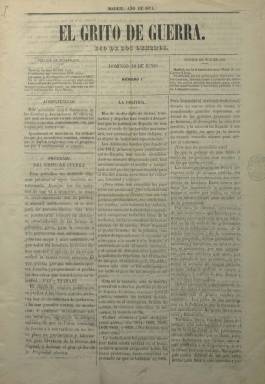
Título: El Grito de guerra
Colección: Periódicos || Socialismo
Ámbito geográfico: Madrid
Lugar de publicación: Madrid
Fechas: 18/06/1871-09/09/1871

Con el subtítulo “eco de los obreros”, publica su primera entrega el 18 de junio de 1871, y en el programa que inserta afirma que el periódico no “defiende dogma político ni sigue bandera determinada”. Añade que sus “tesis se presentarán siempre en abstracto, prescindiendo de las formas de gobierno”, siendo su objeto “excitar a las calases obreras esclavas hoy de la voluntad del poderoso, a formar grandes centros de asociación, a ayudarse mutuamente con sus recursos”, para “liberarse de la tiranía del Capital y destruir el gran poder de la Propiedad abusiva”. Se trata de uno de los títulos de la prensa obrera madrileña del Sexenio Democrático, que coincide con el establecimiento de la Primer Internacional en España.

Según Hartzenbusch (1894), fue redactado por el escritor y periodista Toribio Tarrío y Bueno (1848-1898), que anteriormente había sacado el democrático y también obrerista El Protector del artista (1865) y el clandestino La Hoguera y el puñal (1866), y por el también escritor y periodista de la prensa republicana Manuel Béjar y Sellés, que fallecería en la pobreza en 1893. Fue estampado en la Imprenta de Serafín de Landáburu, instalada en el bajo del número 2 de la Plaza de los Carros, en donde quedó también establecida la administración y redacción.

Guereña (1984 y 1987) indica que se trata de un periódico “no internacionalista”, que sostendrá alguna polémica sobre los jurados mixtos con la socialista La Emancipación, que nacerá, precisamente, al día siguiente, 19 de junio de 1871. La así mismo socialista La Federación (Barcelona: 1869-1874), indicará que “si abdicara de algunos antiguos resabios cooperativos, sería un periódico digno de figurar entre las manos de quienes no pueden redimirse con cooperativas”. Checa Godoy (2006), además de recoger lo dicho por Guereña, añade que estuvo “más cercano al marxismo que al bakunismo”; mientras que Olaya Morales (1994) señala que “defendió las ideas de la Internacional con poco acierto”.

Empezó siendo semanal, apareciendo cada domingo. Sus entregas son de cuatro páginas, compuestas a tres columnas, hasta que a partir del número 12, de tres de septiembre, rompe esa periodicidad y pasa a ser solamente de dos páginas, adoptando además el subtítulo “hoja socialista”, pretendiendo imitar así al de La Emancipación, que se decía “periódico socialista”. En la colección falta la décima entrega, y la número 11 indica “suplemento”, siendo la 14, la última, correspondiente al nueve de septiembre, por lo que su vida fue más bien efímera, de apenas tres meses, dándole tiempo al obispo de Zaragoza en una homilía a alertar a sus files de la “maldad” de este semanario, que, por su parte, condenará, “en unión de todos los periódicos y personas de verdadero orden”, los “escandalosos sucesos” y “los atentados cometidos contra personas y objetos” en la noche del 18 de junio de 1871, “que tan triste idea dan de la civilización moderna”, en referencia a los protagonizados por los integristas católicos (número 2).

Había advertido también en su Programa que “rozará incidentalmente con la política”. Y algunos artículos sobre como el titulado, precisamente, La política, así como los que aparecen bajo los epígrafes Los consumos y Los jurados mixtos, serán de esta naturaleza. Pero la mayor parte de sus páginas las dedica al asociacionismo obrero, como la reunión de los trabajadores de artes gráficas que convinieron en crear una sección de la Internacional, o la actividad huelguística. Desde el primer número publica las series El fin y el objeto de la Internacional con aplicación en España y El capital y el trabajo. También inserta el discurso del político Baldomero Lostau (1846-1896) en el Congreso de los Diputados, al que identifica como “obrero de la Internacional”, siendo uno de los primeros catalanes en adherirse a la Federación Española de la Asociación Internacional de Trabajadores (AIT), o el de Gabriel Rodríguez; así como una circular de la AIT, firmada por su secretario, Francisco Mora (1842-1924), o una Carta al federalista Roque Barcia (1821-1885, firmada con las iniciales M.S. Como colaboración, aparece una de Ramón Portillo. El periódico desapareció ante la penuria económica para sostenerlo. Otra referencia bibliográfica para este título es la tesis doctoral de Madrid Santos (1988-1989).